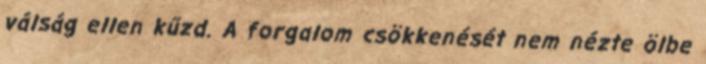
válság ellen kűzd. A forgalom csökkenését nem nézte ölbe